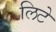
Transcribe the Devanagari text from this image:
लिटे